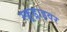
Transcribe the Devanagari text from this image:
स्क्रूड्राइवर